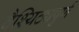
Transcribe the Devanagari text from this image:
वैश्यिठ्यपुर्ण